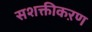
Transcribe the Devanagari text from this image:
सशक्तीकऱण